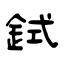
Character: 鉽